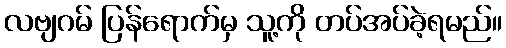
လဗျဂမ် ပြန်ရောက်မှ သူ့ကို တပ်အပ်ခဲ့ရမည်။